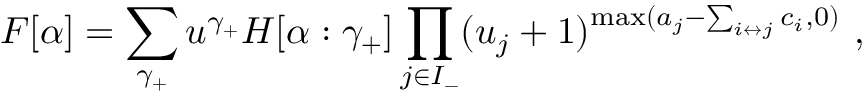
F [ \alpha ] = \sum _ { \gamma _ { + } } u ^ { \gamma _ { + } } H [ \alpha : \gamma _ { + } ] \prod _ { j \in I _ { - } } ( u _ { j } + 1 ) ^ { \operatorname * { m a x } ( a _ { j } - \sum _ { i \leftrightarrow j } c _ { i } , 0 ) } \ ,